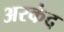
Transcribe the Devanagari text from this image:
अरकंद